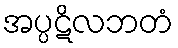
အပ္ပဋိလဘတံ